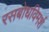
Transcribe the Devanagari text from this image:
रसबोधविमर्श